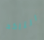
التاكد